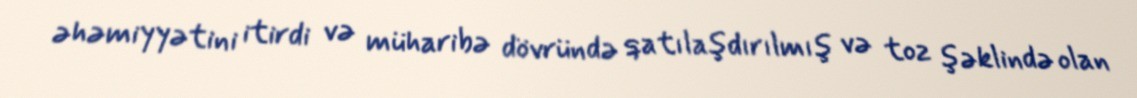
əhəmiyyətini itirdi və müharibə dövründə qatılaşdırılmış və toz şəklində olan